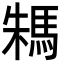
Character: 𩢻